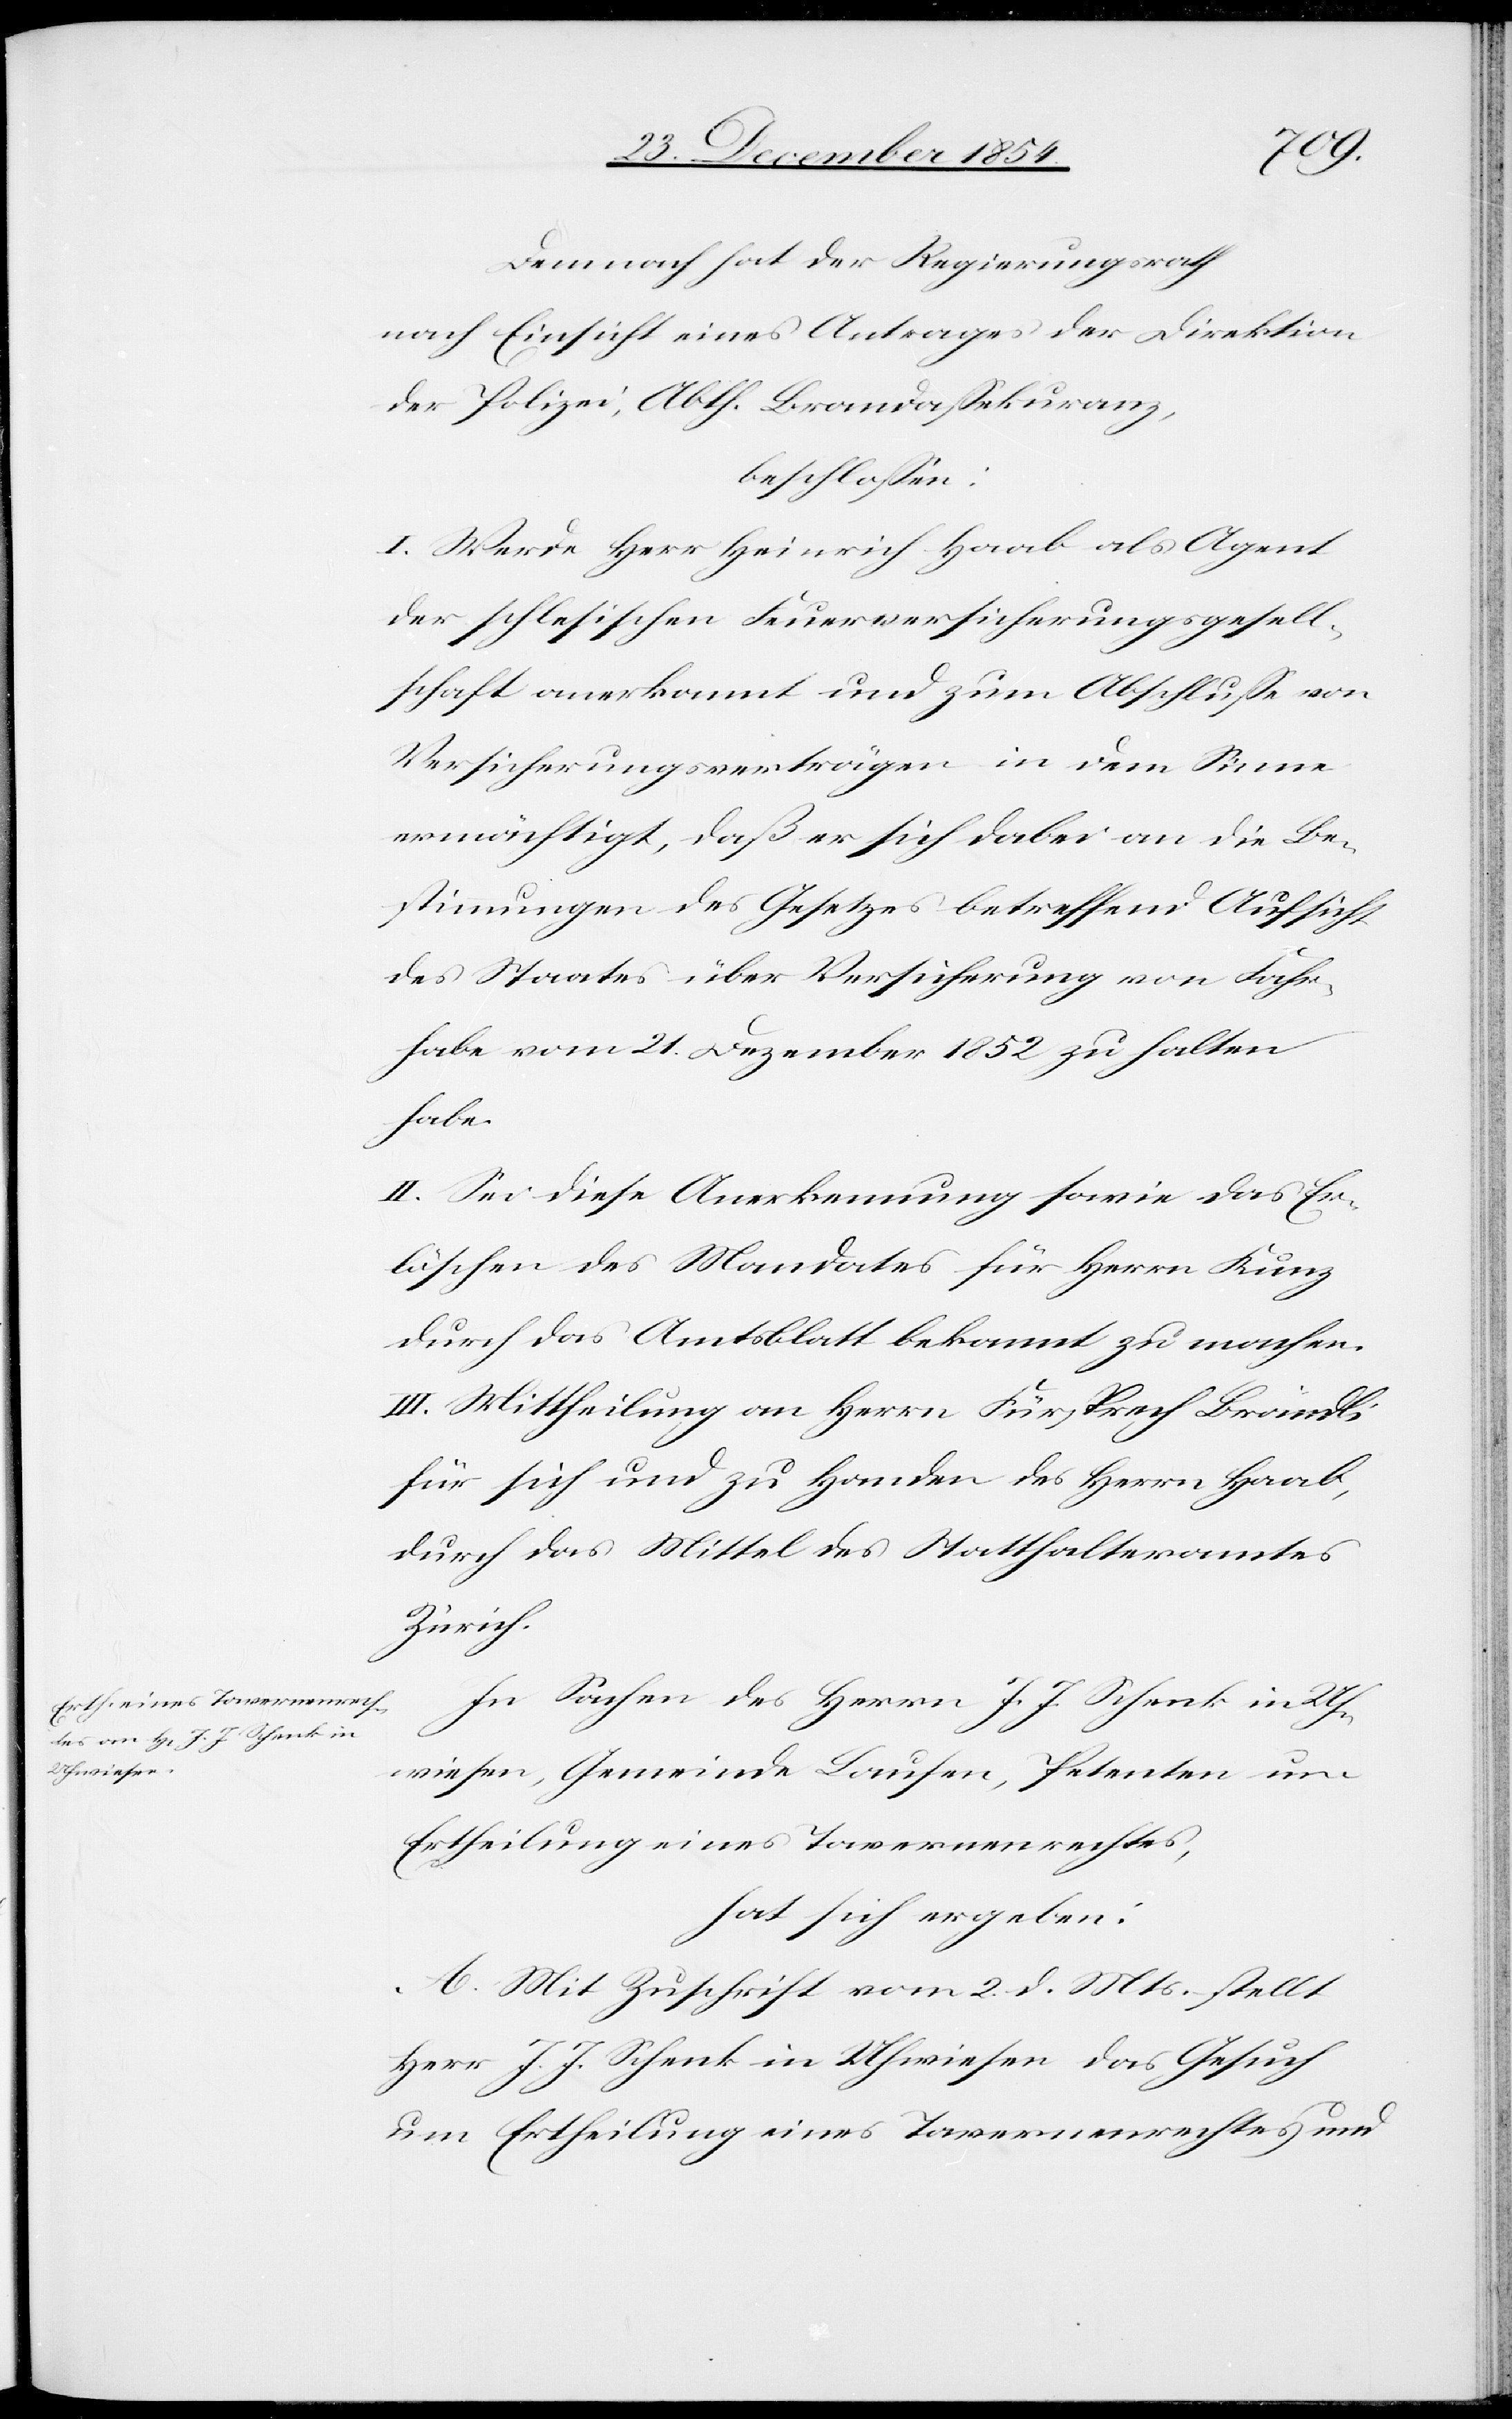
Demnach hat der Regierungsrath
nach Einsicht eines Antrages der Direktion
der Polizei, Abth. Brandaßekuranz,
beschloßen:
I. Werde Herr Heinrich Haab als Agent
der schlesischen Feuerversicherungsgesell¬
schaft anerkannt und zum Abschluße von
Versicherungsverträgen in dem Sinne
ermächtigt, daß er sich dabei an die Be¬
stimmungen des Gesetzes betreffend Aufsicht
des Staates über Versicherung von Fahr¬
habe vom 21. Dezember 1852 zu halten
habe.
II. Sei diese Anerkennung sowie das Er¬
löschen des Mandates für Herrn Kunz
durch das Amtsblatt bekannt zu machen.
III. Mittheilung an Herrn Fürsprech Brändli
für sich und zu Handen des Herrn Haab,
durch das Mittel des Statthalteramtes
Zürich.
In Sachen des Herrn J. J. Schenk in Uh¬
wiesen, Gemeinde Laufen, Petenten um
Ertheilung eines Tavernenrechtes,
hat sich ergeben:
A. Mit Zuschrift vom 2. d. Mts. stellt
Herr J. J. Schenk in Uhwiesen das Gesuch
um Ertheilung eines Tavernenrechtes und